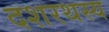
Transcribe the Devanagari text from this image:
दशरथस्य